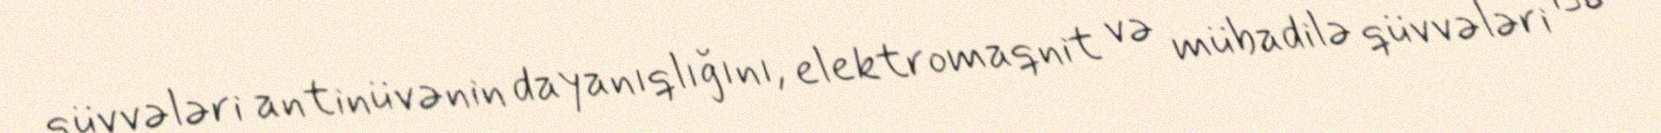
qüvvələri antinüvənin dayanıqlığını, elektromaqnit və mübadilə qüvvələri isə